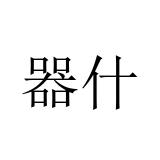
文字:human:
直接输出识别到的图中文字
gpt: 器什